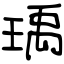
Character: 瑀